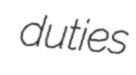
duties